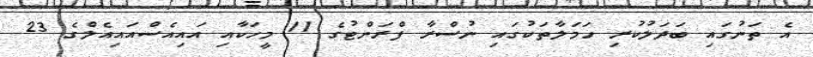
އެ ތަނުގައި ބަދަލުކުރި ހަމަލާތަކުގައި ނުސްރާ ފްރަންޓުގެ 11 މީހަކާއި އައިއެސްއައިއެލްގެ 23